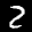
Label: 2